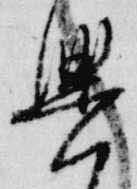
興